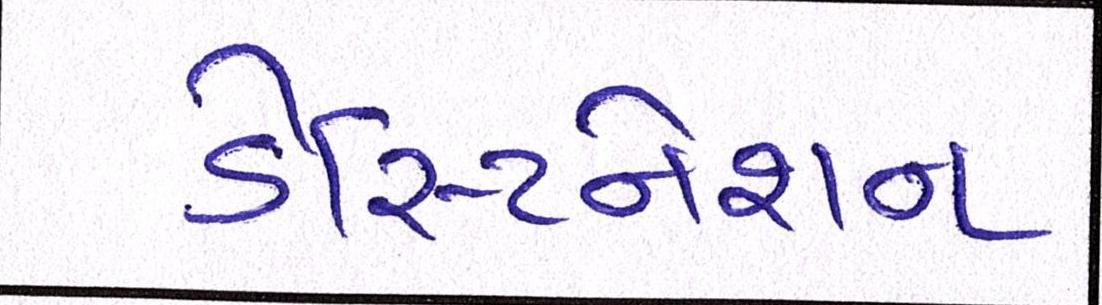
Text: ડેસ્ટિનેશન